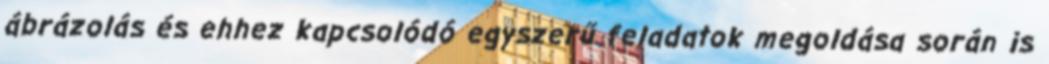
ábrázolás és ehhez kapcsolódó egyszerű feladatok megoldása során is